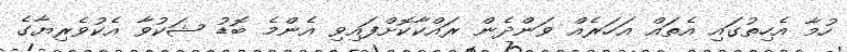
ހުމާ އެހިތުގައި އެތައް އަހަރެއް ވަންދެން ރައްކާކޮށްފައިވި އެންމެ ބޮޑު ޝަކުވާ އެކުވެރިޔާގެ